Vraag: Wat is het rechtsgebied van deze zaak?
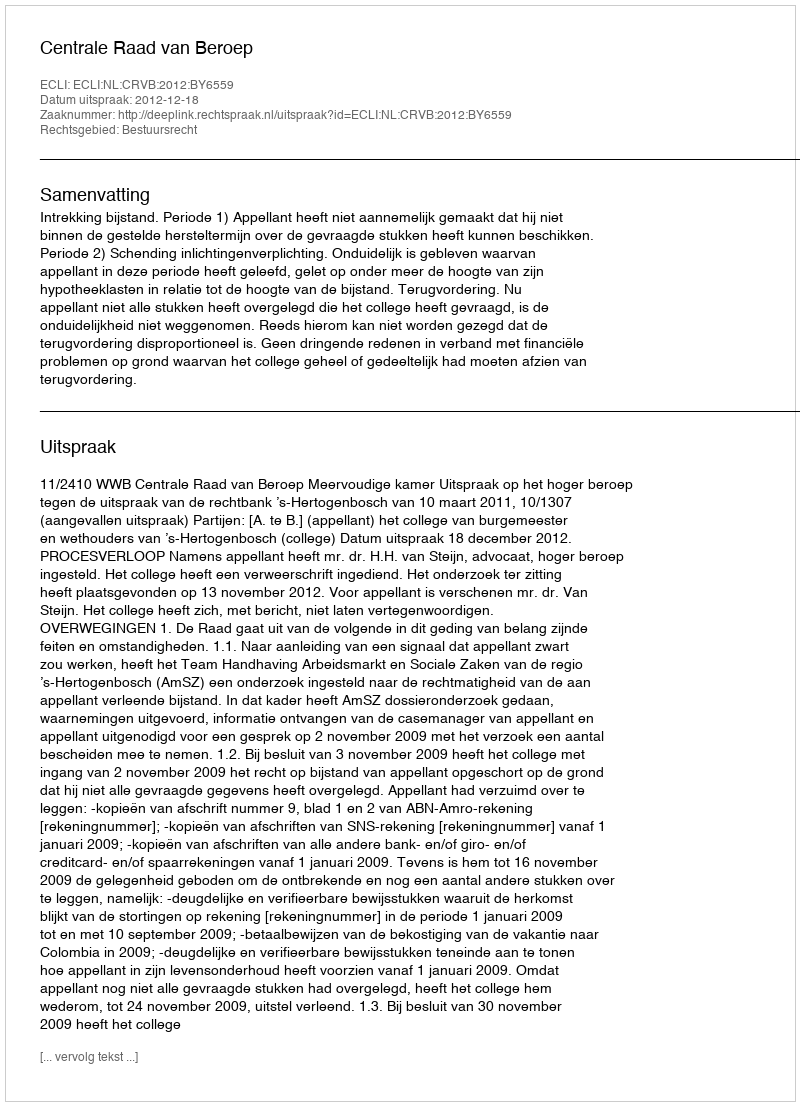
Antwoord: Bestuursrecht